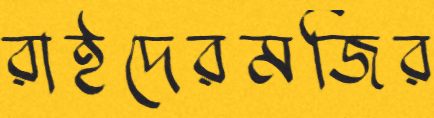
রাইদেরমজির